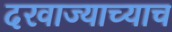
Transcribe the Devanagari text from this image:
दरवाज्याच्याच